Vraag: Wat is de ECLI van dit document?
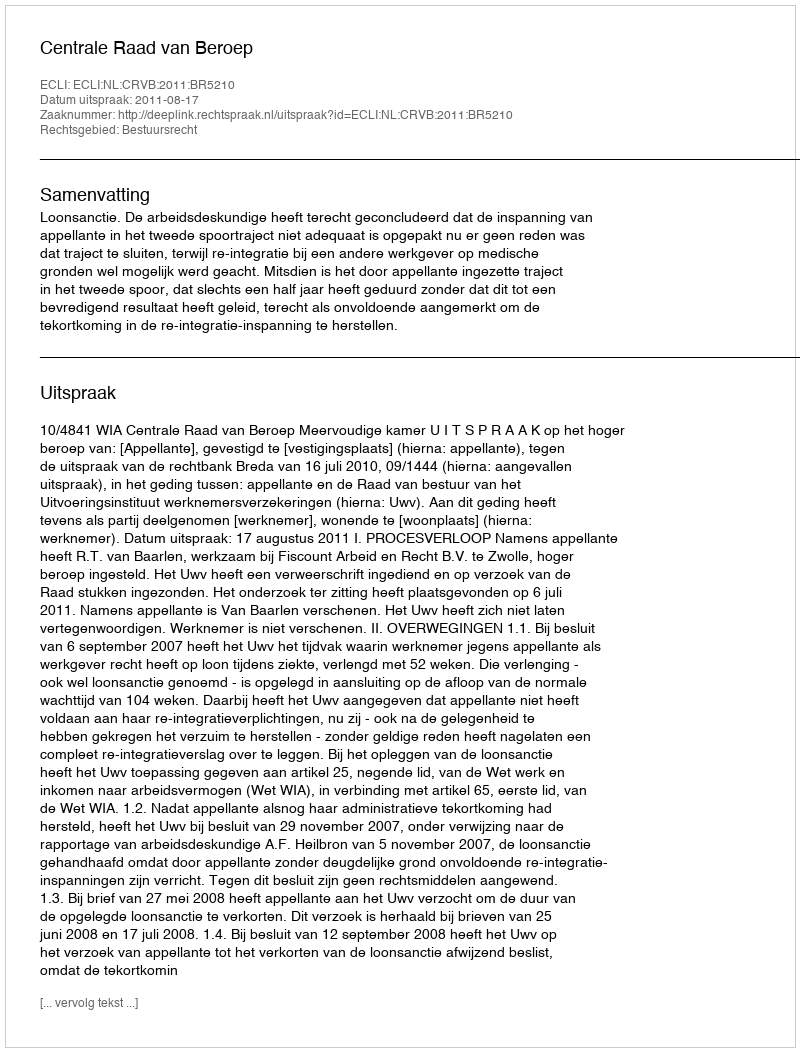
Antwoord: ECLI:NL:CRVB:2011:BR5210